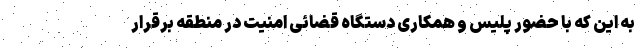
به این که با حضور پلیس و همکاری دستگاه قضائی امنیت در منطقه برقرار